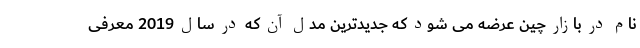
نام در بازار چین عرضه می شود که جدیدترین مدل آن که در سال 2019 معرفی